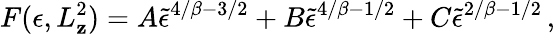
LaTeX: F(\epsilon,L_{\mathbf{z}}^{2})=A\tilde{{\epsilon}}^{4/\beta-3/2}+B\tilde{{\epsilon}}^{4/\beta-1/2}+C\tilde{{\epsilon}}^{2/\beta-1/2}\, ,